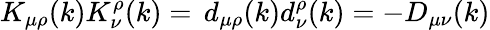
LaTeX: K_{\mu\rho}(k)K_{\nu}^{\rho}(k)=\, d_{\mu\rho}(k)d_{\nu}^{\rho}(k)=-D_{\mu\nu}(k)